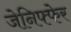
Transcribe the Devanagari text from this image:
जेनिफ्फेर